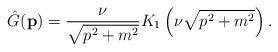
LaTeX: \begin{align*}\hat G ({\bf p}) = {\nu\over \sqrt{p^2 + m^2} } K_1 \left(\nu\sqrt{p^2 + m^2} \right).\end{align*}